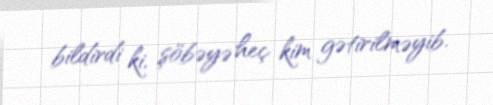
bildirdi ki, şöbəyə heç kim gətirilməyib.